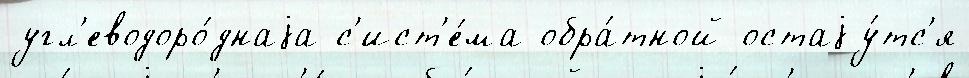
угл'еводоро́днаjа с'ист'е́ма обра́тной остаjу́тс'я